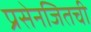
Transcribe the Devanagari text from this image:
प्रसेनजितची